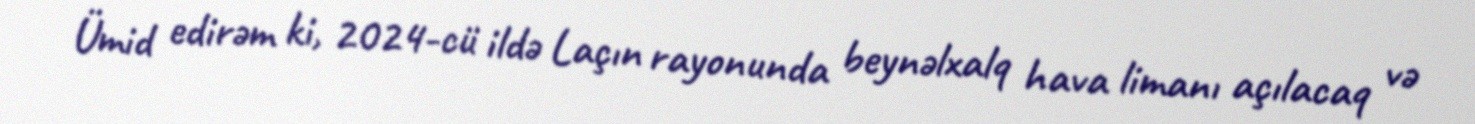
Ümid edirəm ki, 2024-cü ildə Laçın rayonunda beynəlxalq hava limanı açılacaq və